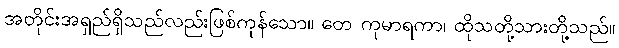
အတိုင်းအရှည်ရှိသည်လည်းဖြစ်ကုန်သော။ တေ ကုမာရကာ၊ ထိုသတို့သားတို့သည်။